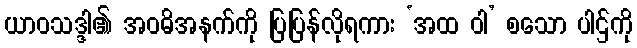
ယာဝသဒ္ဒါ၏ အဝဓိအနက်ကို ပြပြန်လိုရကား ‘အထ ဝါ’ စသော ပါဌ်ကို